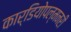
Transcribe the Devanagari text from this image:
कार्डियोपल्मनरी